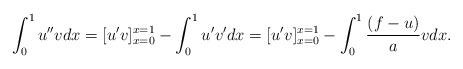
LaTeX: \begin{align*}\int_0^1 u'' v dx = [u' v]_{x=0}^{x=1} - \int_0^1 u'v' dx = [u' v]_{x=0}^{x=1} - \int_0^1 \frac{(f-u)}{a} vdx.\end{align*}